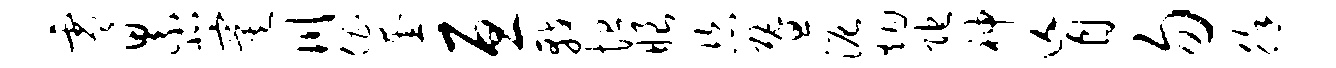
零累北寞川倡奎亘戟恤眼恣暨泥烟陀神盲勿徐